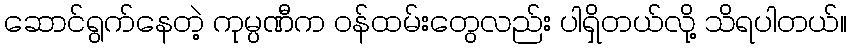
ဆောင်ရွက်နေတဲ့ ကုမ္ပဏီက ဝန်ထမ်းတွေလည်း ပါရှိတယ်လို့ သိရပါတယ်။